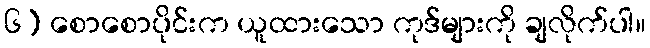
၆) စောစောပိုင်းက ယူထားသော ကုဒ်များကို ချလိုက်ပါ။